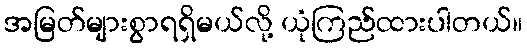
အမြတ်များစွာရရှိမယ်လို့ ယုံကြည်ထားပါတယ်။